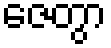
ဇေတွာ